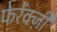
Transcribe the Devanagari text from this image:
फेरेंक्ज़ी